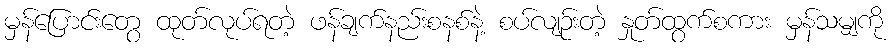
မှန်ပြောင်းတွေ ထုတ်လုပ်ရတဲ့ ဖန်ချက်နည်းစနစ်နဲ့ စပ်လျဉ်းတဲ့ နှုတ်ထွက်စကား မှန်သမျှကို